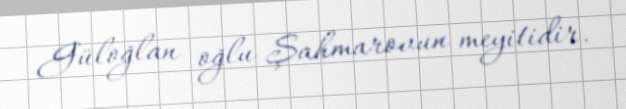
Güloğlan oğlu Şahmarovun meyitidir.